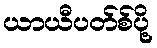
ယာယီပတ်စ်ပို့